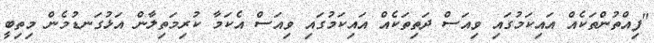
"ފިއްތުންތަކެއް އައިކަމުގައި ވިއަސް ދަތިތަކެއް އައިކަމުގައި ވިއަސް އެކަމާ ކުރިމަތިލާން އަޅުގަނޑުމެން މިތިބީ